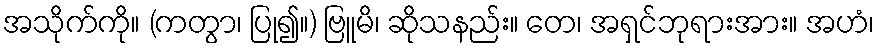
အသိုက်ကို။ (ကတွာ၊ ပြု၍။) ဗြူမိ၊ ဆိုသနည်း။ တေ၊ အရှင်ဘုရားအား။ အဟံ၊